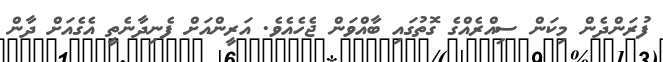
ފުރަންދެން މިކަން ސިއްރެއްގެ ގޮތުގައި ބާއްވަން ޖެހެއެވެ. އަރީންއަށް ފެނިދާނެތީ އެގެއަށް ދާން